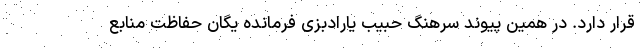
قرار دارد. در همین پیوند سرهنگ حبیب یارادبزی فرمانده یگان حفاظت منابع